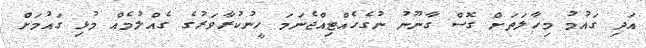
އަދި ގައުމު މިހާލަތަށް ގޮސް ގާނޫނު ނުގެހެއްޓިއްޖެނަމަ ހީނުކުރާވަރުގެ ގެއްލުމެއް މުޅި ގައުމަށް